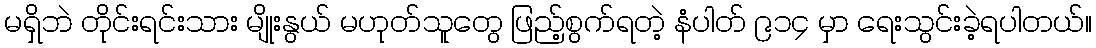
မရှိဘဲ တိုင်းရင်းသား မျိုးနွယ် မဟုတ်သူတွေ ဖြည့်စွက်ရတဲ့ နံပါတ် ၉၁၄ မှာ ရေးသွင်းခဲ့ရပါတယ်။